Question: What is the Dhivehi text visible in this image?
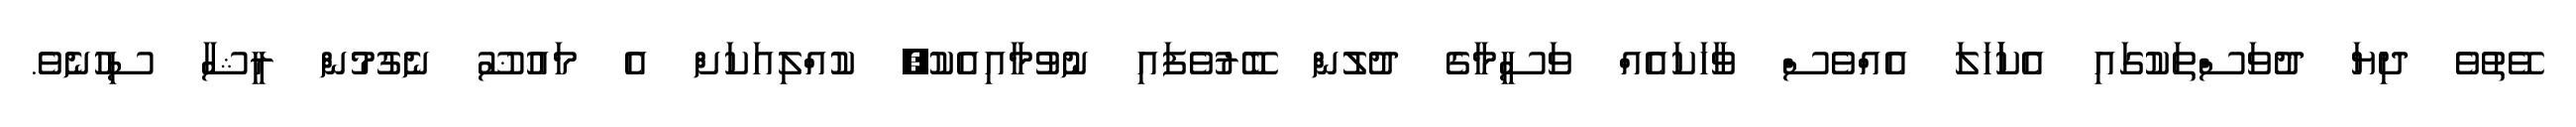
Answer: ވޭތުވެ ދިޔަ ދުވަސްތަކުގައި އެކަަހަލަ އެއްވެސް ވާހަކައެއް ވަސީމާގެ ދުލުން ބޭރުވެފައި ނުވުމާއިއެކު, ކުއްލިއަކަށް އެ މައުޟޫ ނެގުމުން ރީޝާ ސިހުނެވެ.